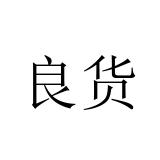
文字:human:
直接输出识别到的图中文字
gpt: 良货